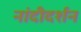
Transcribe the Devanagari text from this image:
नांदीदर्शन